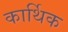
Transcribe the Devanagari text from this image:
कार्थिक